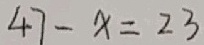
4 7 - x = 2 3